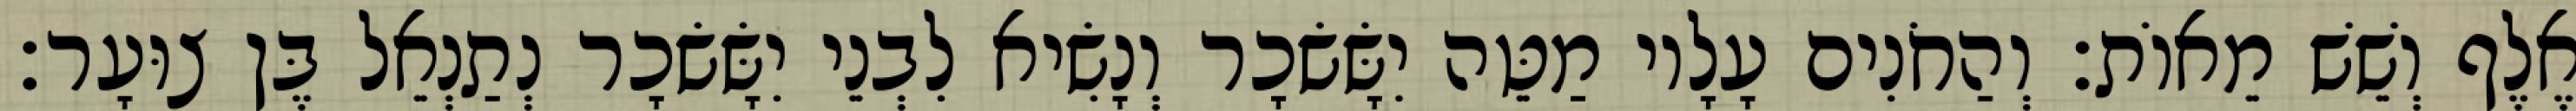
אֶלֶף וְשֵׁשׁ מֵאוֹת׃ וְהַחֹנִים עָלָיו מַטֵּה יִשָּׂשׂכָר וְנָשִׂיא לִבְנֵי יִשָּׂשׂכָר נְתַנְאֵל בֶּן צוּעָר׃